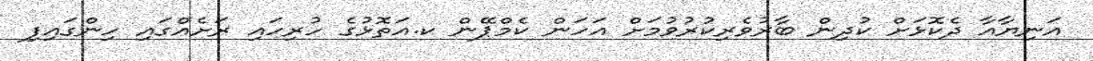
އަނިޔާއާ ދެކޮޅަށް ކުދިން ބާރުވެރިކުރުވުމަށް އަހަން ކެމްޕޭން ކ.އަތޮޅުގެ ހުރިހައި ރަށެއްގައި ހިންގައިފި